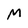
Character: M